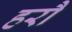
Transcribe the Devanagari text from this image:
हरौ